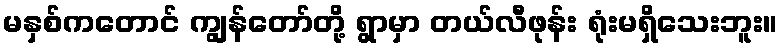
မနှစ်ကတောင် ကျွန်တော်တို့ ရွာမှာ တယ်လီဖုန်း ရုံးမရှိသေးဘူး။